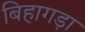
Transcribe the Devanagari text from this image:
बिहागड़ा